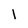
Character: l